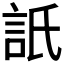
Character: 𧦄